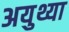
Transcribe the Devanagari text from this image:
अयुथ्या